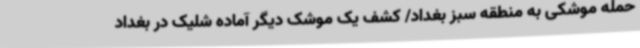
حمله موشکی به منطقه سبز بغداد/ کشف یک موشک دیگر آماده شلیک در بغداد